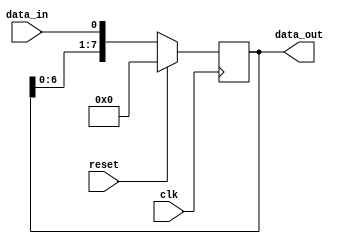
module SIPO_shift_register (
    input wire clk,
    input wire reset,
    input wire data_in,
    output reg [width-1:0] data_out
);

parameter width = 8; // Adjust the width as needed

reg [width-1:0] reg_data;

always @(posedge clk) begin
    if (reset) begin
        reg_data <= 0;
    end else begin
        reg_data <= {reg_data[width-2:0], data_in};
    end
end

assign data_out = reg_data;

endmodule